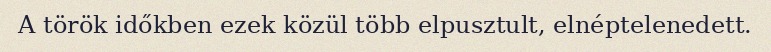
A török időkben ezek közül több elpusztult, elnéptelenedett.